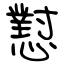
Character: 懟